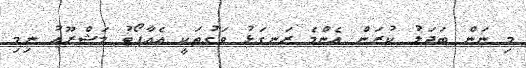
މި ނަން ބަދަލު ކުރަން އެންމެ ރަނގަޅު ވަގުތަކީ އެއާޕޯޓު މަޝްރޫއު ނިމި